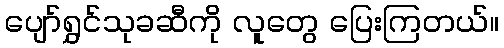
ပျော်ရွှင်သုခဆီကို လူတွေ ပြေးကြတယ်။